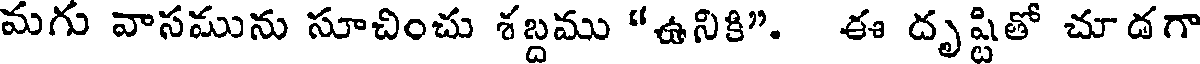
మగు వాసమును సూచించు శబ్దము "ఉనికి". ఈ దృష్టితో చూడగా